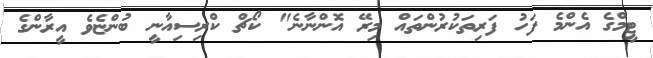
ޓީމްގެ އެންމެ ފަހު ފަރިތަކުރުންތައް މިރޭ އޮންނާނެ" ކޯޗް ކްރިސިއާނީ ބުންޏެވެ އީރާންގެ